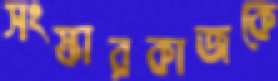
সংস্কারকাজকে